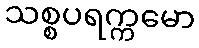
သစ္စပရက္ကမော